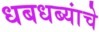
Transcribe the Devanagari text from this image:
धबधब्यांचे